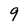
Character: 9